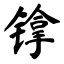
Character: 镎